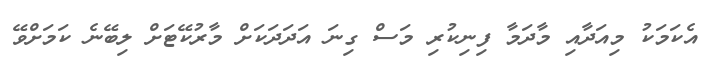
އެކަމަކު މިއަދާއި މާދަމާ ފިނިކުރި މަސް ގިނަ އަދަދަކަށް މާރުކޭޓަށް ލިބޭނެ ކަމަށްވޭ